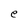
Character: e